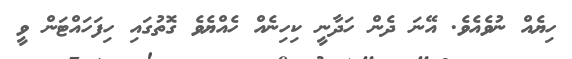
ހިޔެއް ނުވެއެވެ. އޭނަ ދެން ހަދާނީ ކިހިނެއް ހެއްޔެވެ ގޮތުގައި ހިފަހައްޓަން ވީ